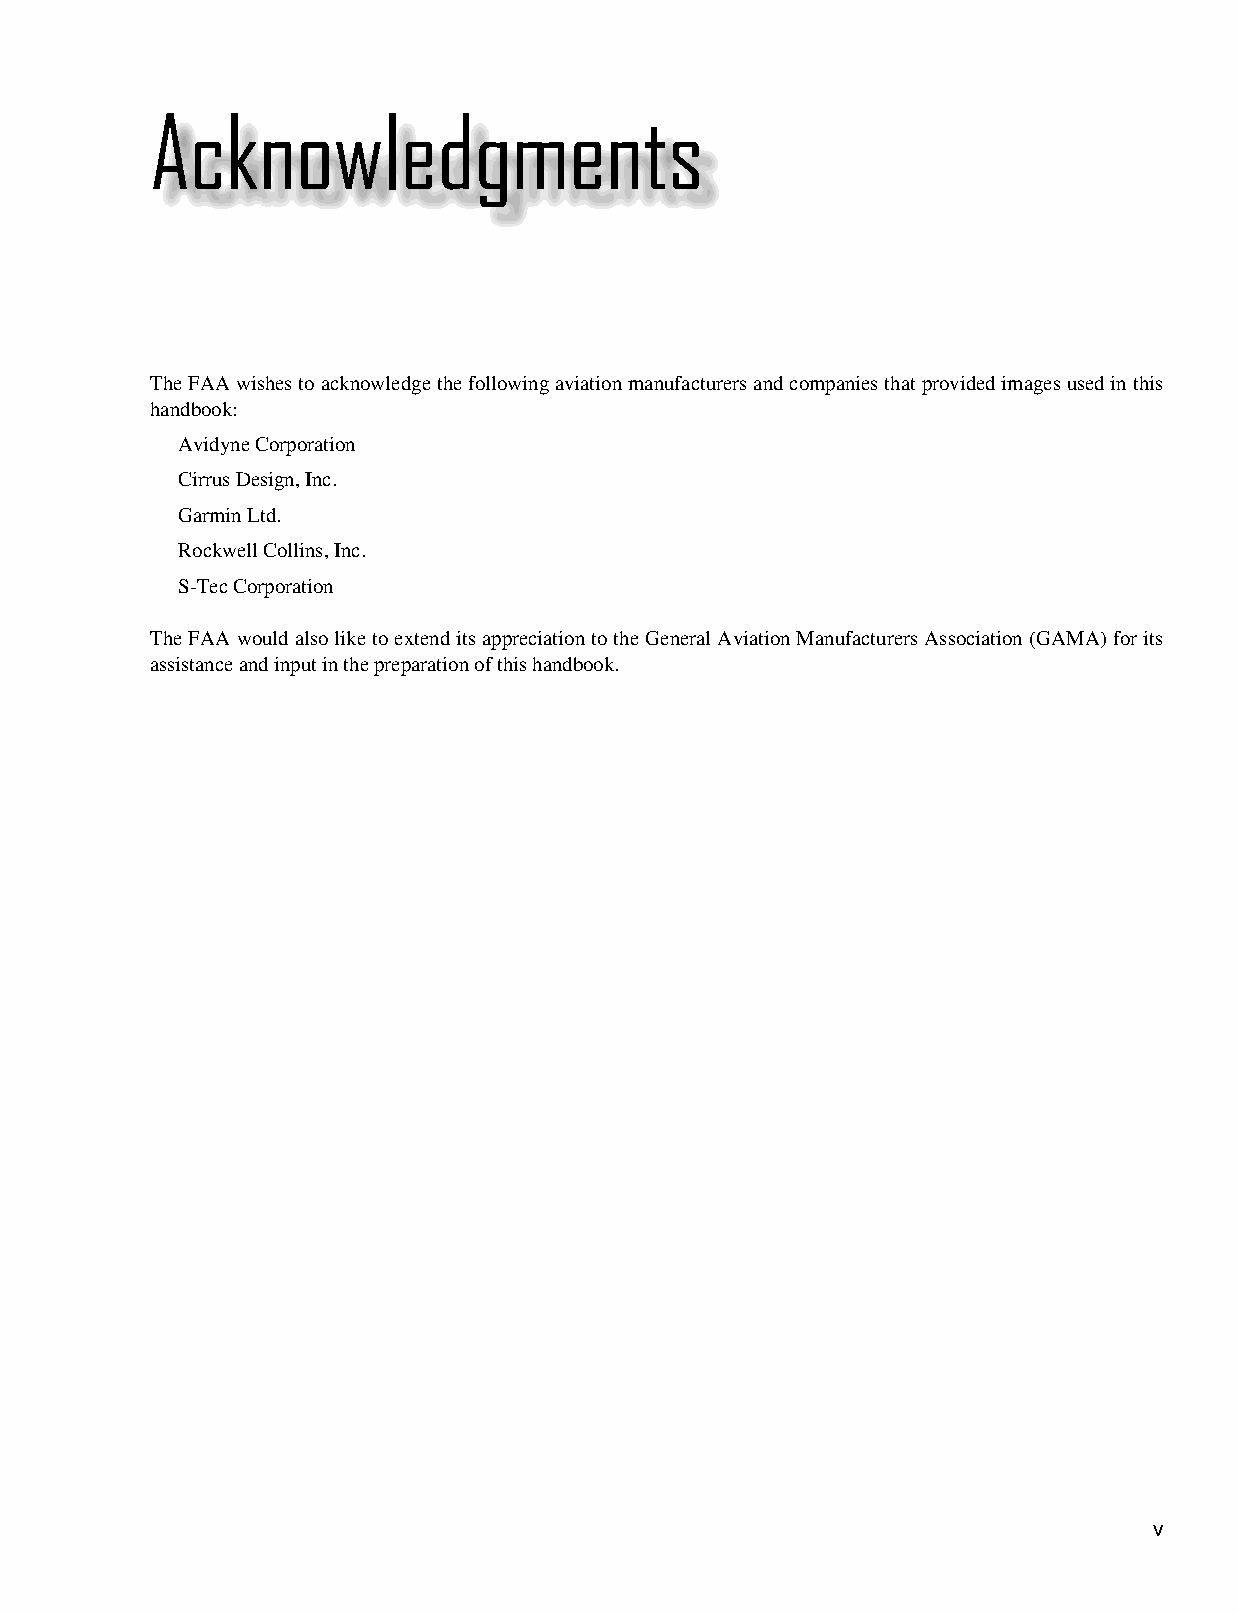
Acknowledgments
 The FAA wishes to acknowledge the following aviation manufacturers and companies that provided images used in this
 handbook:
 Avidyne Corporation
 Cirrus Design, Inc.
 Garmin Ltd.
 Rockwell Collins, Inc.
 S‑Tec Corporation
 The FAA would also like to extend its appreciation to the General Aviation Manufacturers Association (GAMA) for its
 assistance and input in the preparation of this handbook.
 v